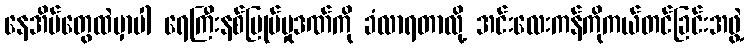
နေအိမ်တွေထဲမှာပါ ရေကြီးနစ်မြုပ်မှုဒဏ်ကို ခံလာရတာလို့ အင်းလေးကန်ကိုကယ်တင်ခြင်းအဖွဲ့